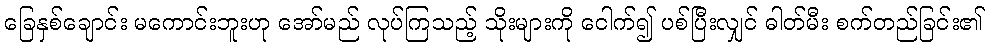
ခြေနှစ်ချောင်း မကောင်းဘူးဟု အော်မည် လုပ်ကြသည့် သိုးများကို ငေါက်၍ ပစ်ပြီးလျှင် ဓါတ်မီး စက်တည်ခြင်း၏